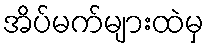
အိပ်မက်များထဲမှ